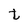
Character: t